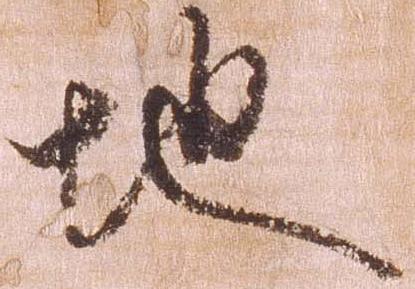
地